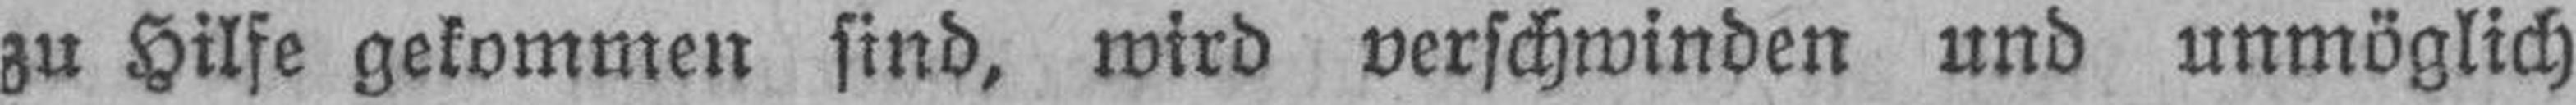
zu Hilfe gekommen sind, wird verschwinden und unmöglich